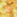
عن